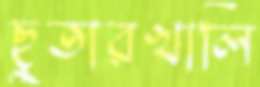
ছুতারখালি